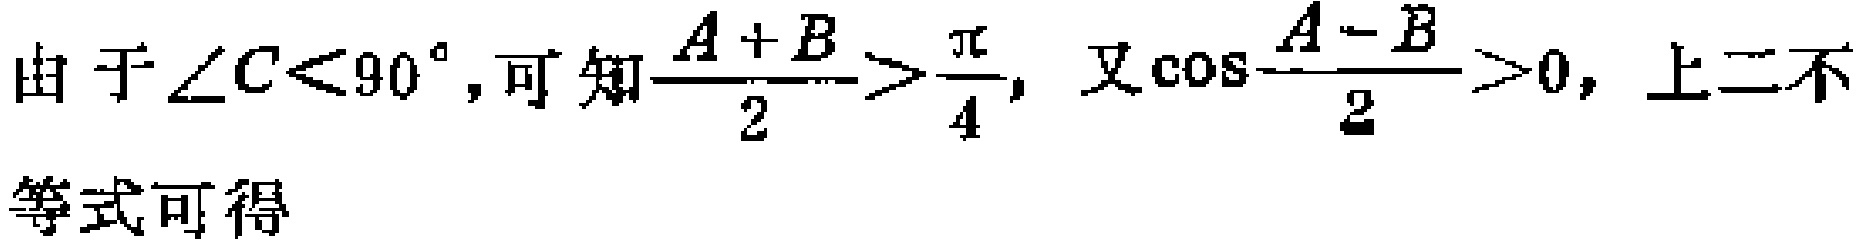
由于\(\angle C<90^{\circ}\),可知\(\frac{A + B}{2}>\frac{\pi}{4}\), 又\(\cos\frac{A - B}{2}>0\), 上二不等式可得